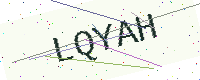
Text: LQYAH